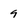
Character: 9